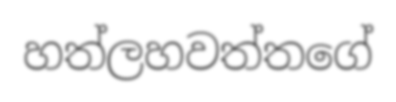
හත්ලහවත්තගේ